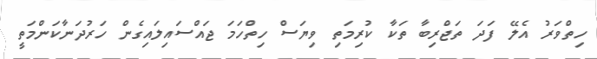
ހިތްވަރު އެލޭ ފަދަ ތަޖްރިބާ ތަކާ ކުރިމަތި ވިޔަސް ހިތްހަމަ ޖައްސައިލައިގެން ހަރުދަނާކަންމަތީ